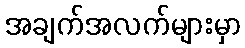
အချက်အလက်များမှာ